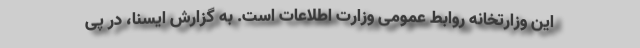
این وزارتخانه روابط عمومی وزارت اطلاعات است. به گزارش ایسنا، در پی